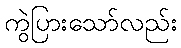
ကွဲပြားသော်လည်း